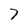
Character: 7